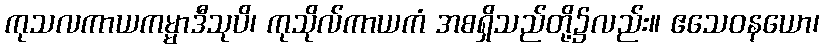
ကုသလကာယကမ္မာဒီသုပိ၊ ကုသိုလ်ကာယကံ အစရှိသည်တို့၌လည်း။ ဧသေဝနယော၊